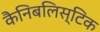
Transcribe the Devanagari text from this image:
कैनिबलिस्टिक